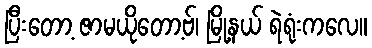
ပြီးတော့ ဇာမယိုတော့ဗ်၊ မြို့နယ် ရဲရုံးကလေ။